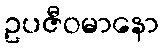
ဥပဇီဝမာနော